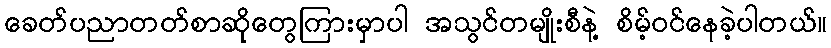
ခေတ်ပညာတတ်စာဆိုတွေကြားမှာပါ အသွင်တမျိုးစီနဲ့ စိမ့်ဝင်နေခဲ့ပါတယ်။